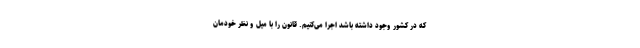
که در کشور وجود داشته باشد اجرا می‌کنیم. قانون را با میل و نظر خودمان